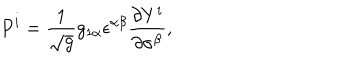
P ^ { i } = \frac { 1 } { \sqrt { g } } g _ { 1 \alpha } \epsilon ^ { \alpha \beta } \frac { \partial Y ^ { i } } { \partial \sigma ^ { \beta } } ,